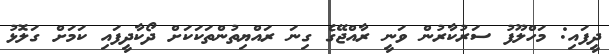
ދީފައި: މަހްލޫފު ސަރުކާރުން ވަނީ ރާއްޖޭގެ ގިނަ ރައްޔިތުންތަކަކަށް ދޯކާދީފައި ކަމަށް ގަލޮޅު